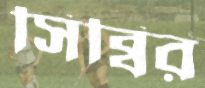
সিব্বির